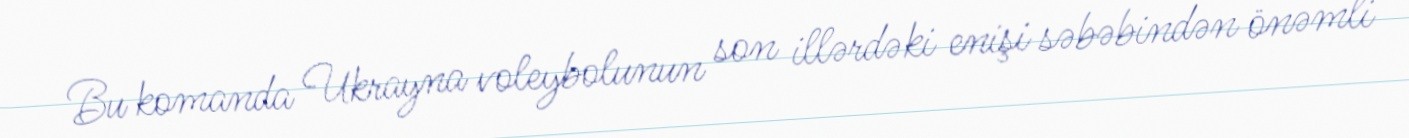
Bu komanda Ukrayna voleybolunun son illərdəki enişi səbəbindən önəmli